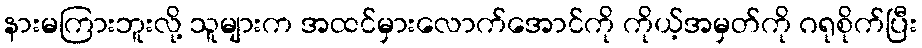
နားမကြားဘူးလို့ သူများက အထင်မှားလောက်အောင်ကို ကိုယ့်အမှတ်ကို ဂရုစိုက်ပြီး